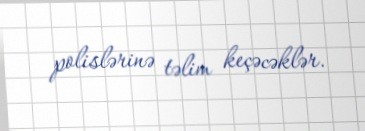
polislərinə təlim keçəcəklər.